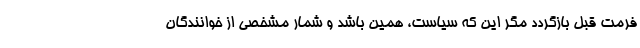
فرمت قبل بازگردد مگر این که سیاست، همین باشد و شمار مشخصی از خوانندگان